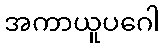
အကာယူပဂေါ